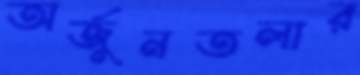
অর্জুনতলার